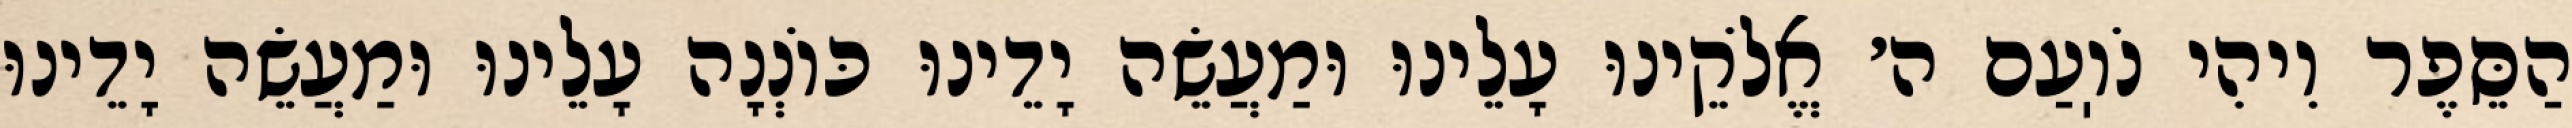
הַסֵּפֶר וִיהִי נֹוֽעַם ה׳ אֱלֹקֵינוּ עָלֵינוּ וּמַעֲשֵׂה יָדֵינוּ כּוֹנְנָה עָלֵינוּ וּמַעֲשֵׂה יָדֵינוּ